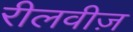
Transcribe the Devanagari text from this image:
रीलवीज़